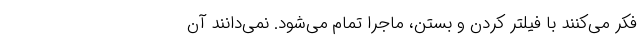
فکر می‌کنند با فیلتر کردن و بستن، ماجرا تمام می‌شود. نمی‌دانند آن